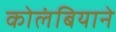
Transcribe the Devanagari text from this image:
कोलंबियाने